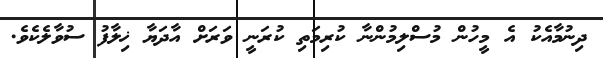
ދިނުމާއެކު އެ މީހުން މުސްލިމުންނާ ކުރިމަތި ކުރަނީ ވަރަށް އާދަޔާ ޚިލާފު ސުވާލެކެވެ.